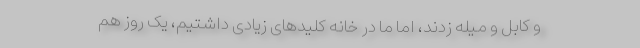
و کابل و میله زدند، اما ما در خانه کلیدهای زیادی داشتیم، یک روز هم